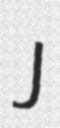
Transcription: J